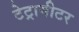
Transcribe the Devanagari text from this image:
टेट्रामीटर